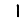
Digit: 1